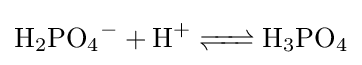
{\ce {H2PO4- + H+ <=> H3PO4}}